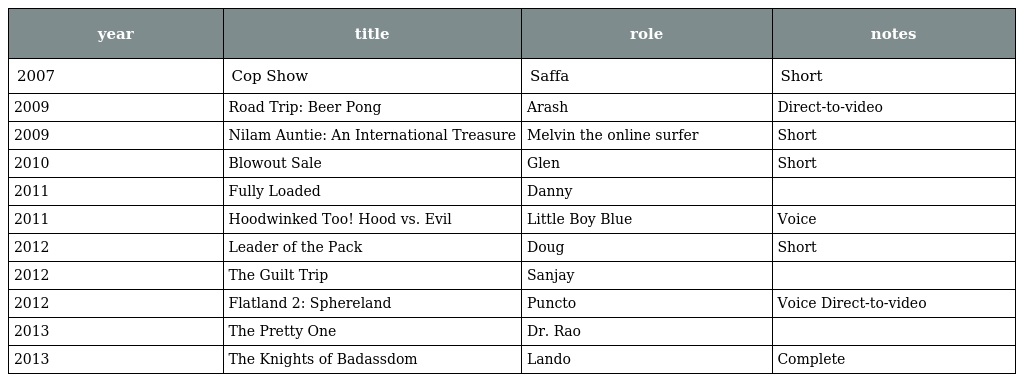
| year | title | role | notes |
 | --- | --- | --- | --- |
 | 2007 | Cop Show | Saffa | Short |
 | 2009 | Road Trip: Beer Pong | Arash | Direct-to-video |
 | 2009 | Nilam Auntie: An International Treasure | Melvin the online surfer | Short |
 | 2010 | Blowout Sale | Glen | Short |
 | 2011 | Fully Loaded | Danny |  |
 | 2011 | Hoodwinked Too! Hood vs. Evil | Little Boy Blue | Voice |
 | 2012 | Leader of the Pack | Doug | Short |
 | 2012 | The Guilt Trip | Sanjay |  |
 | 2012 | Flatland 2: Sphereland | Puncto | Voice Direct-to-video |
 | 2013 | The Pretty One | Dr. Rao |  |
 | 2013 | The Knights of Badassdom | Lando | Complete |